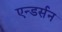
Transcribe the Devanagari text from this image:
एन्डर्सन